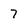
Character: 7